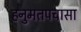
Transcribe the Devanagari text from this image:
हनुमतपचासा